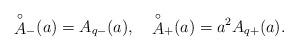
LaTeX: \begin{align*}{\mathop{A}^\circ}_-(a)=A_{q-}(a), \quad{\mathop{A}^\circ}_+(a)=a^2A_{q+}(a) .\end{align*}